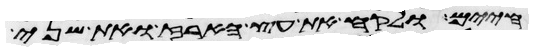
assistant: חיים ולקח את עץ הארז ואת שני